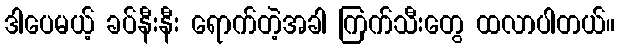
ဒါပေမယ့် ခပ်နီးနီး ရောက်တဲ့အခါ ကြက်သီးတွေ ထလာပါတယ်။